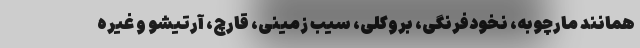
همانند مارچوبه، نخودفرنگی، بروکلی، سیب زمینی، قارچ، آرتیشو و غیره